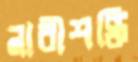
নারীশক্তি